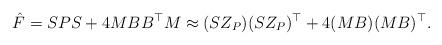
LaTeX: \begin{align*} \hat{F} = SPS + 4 M B B^\top M \approx (S Z_P) (S Z_P)^\top + 4 (MB) (MB)^\top .\end{align*}